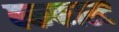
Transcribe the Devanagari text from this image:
बकफास्ट